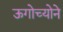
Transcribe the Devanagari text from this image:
ऊगोच्योने